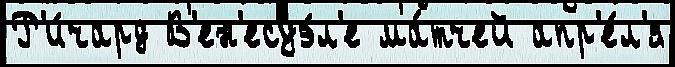
Р'и́чард В'ен'есуэ́л'е ма́тчей апр'е́л'я